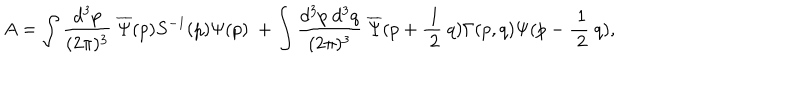
A = \int \frac { d ^ { 3 } p } { ( 2 \pi ) ^ { 3 } } \ \overline { { { \Psi } } } ( p ) S ^ { - 1 } ( p ) \Psi ( p ) \ + \int \frac { d ^ { 3 } p \ d ^ { 3 } q } { ( 2 \pi ) ^ { 3 } } \ \overline { { { \Psi } } } ( p + \frac { \ 1 } { \ 2 } \ q ) \Gamma ( p , q ) \Psi ( p - \frac { \ 1 } { \ 2 } \ q ) ,